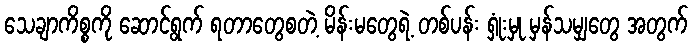
သေချာကိစ္စကို ဆောင်ရွက် ရတာတွေစတဲ့ မိန်းမတွေရဲ့ တစ်ပန်း ရှုံးမှု မှန်သမျှတွေ အတွက်